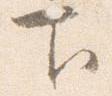
下